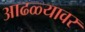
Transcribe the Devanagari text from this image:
आढळ्यावर